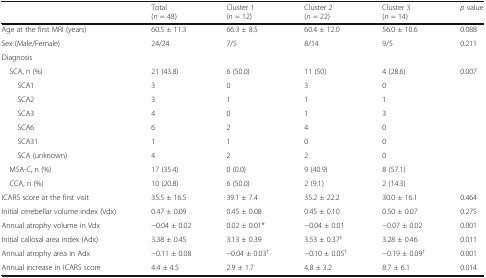
|  | Total(n = 48) | Cluster 1(n = 12) | Cluster 2(n = 22) | Cluster 3(n = 14) | p value |
 | --- | --- | --- | --- | --- | --- |
 | Age at the first MRI (years) | 60.5 ± 11.3 | 66.3 ± 8.5 | 60.4 ± 12.0 | 56.0 ± 10.6 | 0.088 |
 | Sex (Male/Female) | 24/24 | 7/5 | 8/14 | 9/5 | 0.211 |
 | <COLSPAN=6> Diagnosis |
 | SCA, n (%) | 21 (43.8) | 6 (50.0) | 11 (50) | 4 (28.6) | 0.007 |
 | SCA1 | 3 | 0 | 3 | 0 |  |
 | SCA2 | 3 | 1 | 1 | 1 |  |
 | SCA3 | 4 | 0 | 1 | 3 |  |
 | SCA6 | 6 | 2 | 4 | 0 |  |
 | SCA31 | 1 | 1 | 0 | 0 |  |
 | SCA (unknown) | 4 | 2 | 2 | 0 |  |
 | MSA-C, n (%) | 17 (35.4) | 0 (0.0) | 9 (40.9) | 8 (57.1) |  |
 | CCA, n (%) | 10 (20.8) | 6 (50.0) | 2 (9.1) | 2 (14.3) |  |
 | ICARS score at the first visit | 35.5 ± 16.5 | 39.1 ± 7.4 | 35.2 ± 22.2 | 30.0 ± 16.1 | 0.464 |
 | Initial cerebellar volume index (Vdx) | 0.47 ± 0.09 | 0.45 ± 0.08 | 0.45 ± 0.10 | 0.50 ± 0.07 | 0.275 |
 | Annual atrophy volume in Vdx | −0.04 ± 0.02 | 0.02 ± 0.01* | −0.04 ± 0.01 | −0.07 ± 0.02 | 0.001 |
 | Initial callosal area index (Adx) | 3.38 ± 0.45 | 3.13 ± 0.39 | 3.53 ± 0.37‡ | 3.28 ± 0.46 | 0.011 |
 | Annual atrophy area in Adx | −0.11 ± 0.08 | −0.04 ± 0.03† | −0.10 ± 0.05† | −0.19 ± 0.09† | 0.001 |
 | Annual increase in ICARS score | 4.4 ± 4.5 | 2.9 ± 1.7 | 4.8 ± 3.2 | 8.7 ± 6.1 | 0.014 |